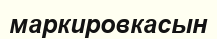
маркировкасын